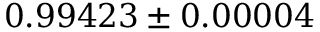
0 . 9 9 4 2 3 \pm 0 . 0 0 0 0 4